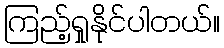
ကြည့်ရှုနိုင်ပါတယ်။